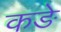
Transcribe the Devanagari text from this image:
कङे